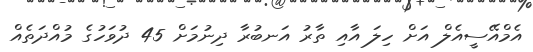
އެމްއޭސީއެލް އަށް ހިލަ އާއި ތާރު އަނބުރާ ދިނުމަށް 45 ދުވަހުގެ މުއްދަތެއް